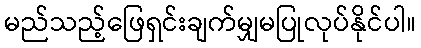
မည်သည့်ဖြေရှင်းချက်မျှမပြုလုပ်နိုင်ပါ။